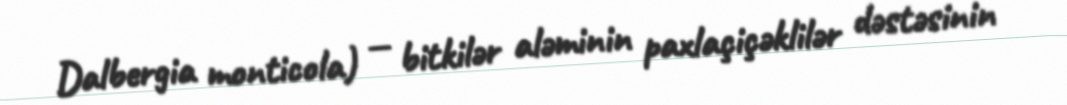
Dalbergia monticola) — bitkilər aləminin paxlaçiçəklilər dəstəsinin